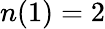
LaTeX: n(1)=2